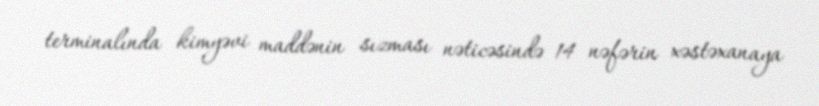
terminalında kimyəvi maddənin sızması nəticəsində 14 nəfərin xəstəxanaya